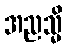
အညသ္မိ